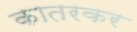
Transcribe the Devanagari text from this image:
कातरकर